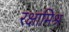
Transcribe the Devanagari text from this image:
रक्षामिश्र